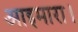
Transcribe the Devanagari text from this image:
आइमारा।